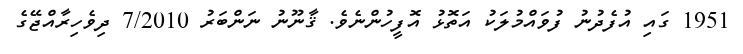
1951 ގައި އުފެދުނު ފުވައްމުލަކު އަތޮޅު އޮފީހުންނެވެ. ޤާނޫނު ނަންބަރު 7/2010 ދިވެހިރާއްޖޭގެ